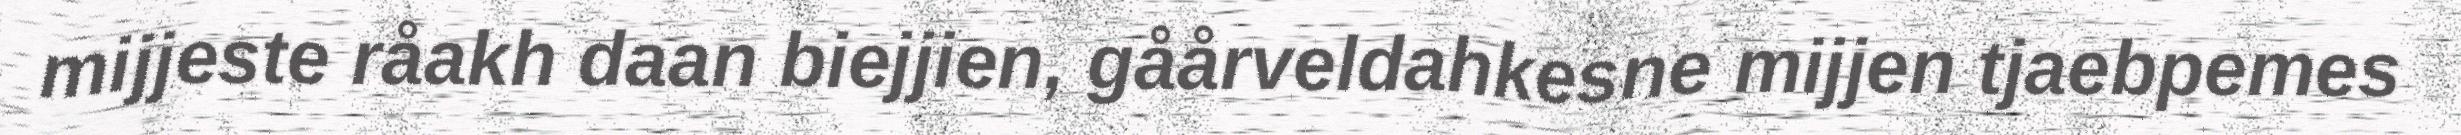
mijjeste råakh daan biejjien, gåårveldahkesne mijjen tjaebpemes